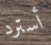
أسترد